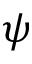
\psi